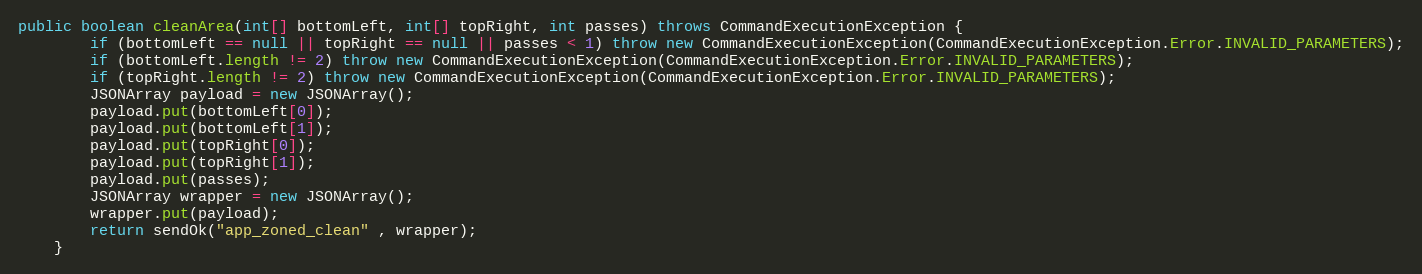
Language: Java
public boolean cleanArea(int[] bottomLeft, int[] topRight, int passes) throws CommandExecutionException {
        if (bottomLeft == null || topRight == null || passes < 1) throw new CommandExecutionException(CommandExecutionException.Error.INVALID_PARAMETERS);
        if (bottomLeft.length != 2) throw new CommandExecutionException(CommandExecutionException.Error.INVALID_PARAMETERS);
        if (topRight.length != 2) throw new CommandExecutionException(CommandExecutionException.Error.INVALID_PARAMETERS);
        JSONArray payload = new JSONArray();
        payload.put(bottomLeft[0]);
        payload.put(bottomLeft[1]);
        payload.put(topRight[0]);
        payload.put(topRight[1]);
        payload.put(passes);
        JSONArray wrapper = new JSONArray();
        wrapper.put(payload);
        return sendOk("app_zoned_clean" , wrapper);
    }